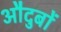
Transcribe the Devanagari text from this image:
औदुबों